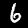
Digit: 6